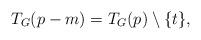
LaTeX: \begin{align*}T_G(p-m) = T_G(p)\setminus\{ t \},\end{align*}